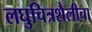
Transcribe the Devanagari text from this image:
लघुचित्रशैलीचा